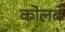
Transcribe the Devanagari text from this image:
कोलबे